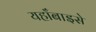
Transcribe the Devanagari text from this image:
यहाँबाइसे